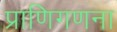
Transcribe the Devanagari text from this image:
प्राणिगणना